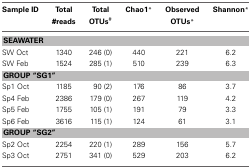
| Sample ID | Total #reads | Total OTUs# | Chao1 * | Observed OTUs * | Shannon * |
 | --- | --- | --- | --- | --- | --- |
 | <COLSPAN=6> SEAWATER |
 | SW Oct | 1340 | 246 (0) | 440 | 221 | 6.2 |
 | SW Feb | 1524 | 285 (1) | 510 | 239 | 6.3 |
 | <COLSPAN=6> GROUP “SG1” |
 | Sp1 Oct | 1185 | 90 (2) | 176 | 86 | 3.7 |
 | Sp4 Feb | 2386 | 179 (0) | 267 | 119 | 4.2 |
 | Sp5 Feb | 1755 | 105 (1) | 191 | 79 | 3.3 |
 | Sp6 Feb | 3616 | 115 (1) | 124 | 61 | 3.1 |
 | <COLSPAN=6> GROUP “SG2” |
 | Sp2 Oct | 2254 | 220 (1) | 289 | 156 | 5.7 |
 | Sp3 Oct | 2751 | 341 (0) | 529 | 203 | 6.2 |